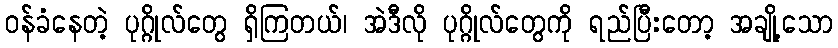
ဝန်ခံနေတဲ့ ပုဂ္ဂိုလ်တွေ ရှိကြတယ်၊ အဲဒီလို ပုဂ္ဂိုလ်တွေကို ရည်ပြီးတော့ အချို့သော